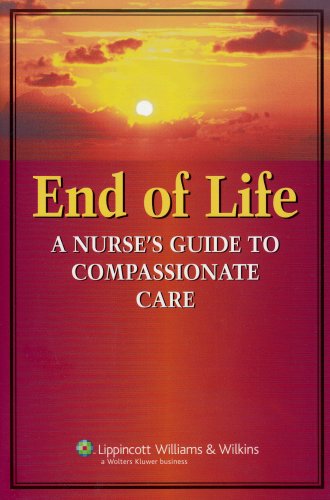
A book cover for End of Life: A Nurse's Guide to Compassionate Care; Springhouse; Medical Books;